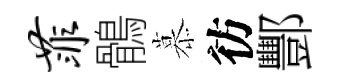
菲鶻慕彷酆